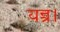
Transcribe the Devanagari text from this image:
यन्त्र।